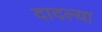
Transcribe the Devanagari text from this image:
दादल्या